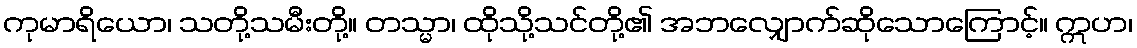
ကုမာရိယော၊ သတို့သမီးတို့။ တသ္မာ၊ ထိုသို့သင်တို့၏ အဘလျှောက်ဆိုသောကြောင့်။ ဣဟ၊